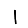
Digit: 1